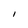
Character: l